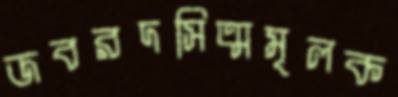
জবরদসিত্মমূলক